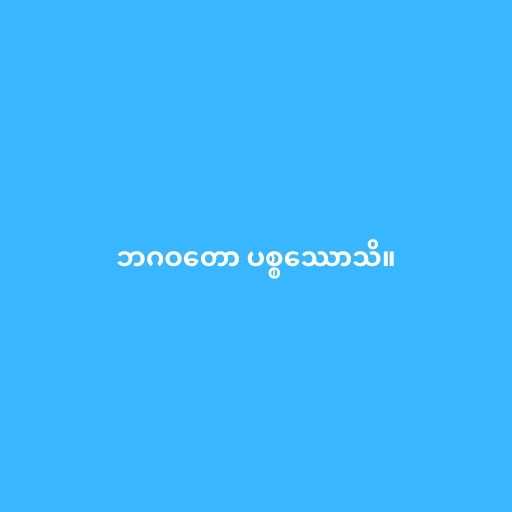
ဘဂဝတော ပစ္စဿောသိ။